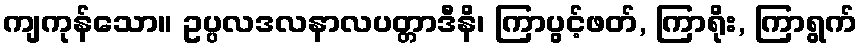
ကျကုန်သော။ ဥပ္ပလဒလနာလပတ္တာဒီနိ၊ ကြာပွင့်ဖတ်, ကြာရိုး, ကြာရွက်